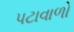
પટાવાળો